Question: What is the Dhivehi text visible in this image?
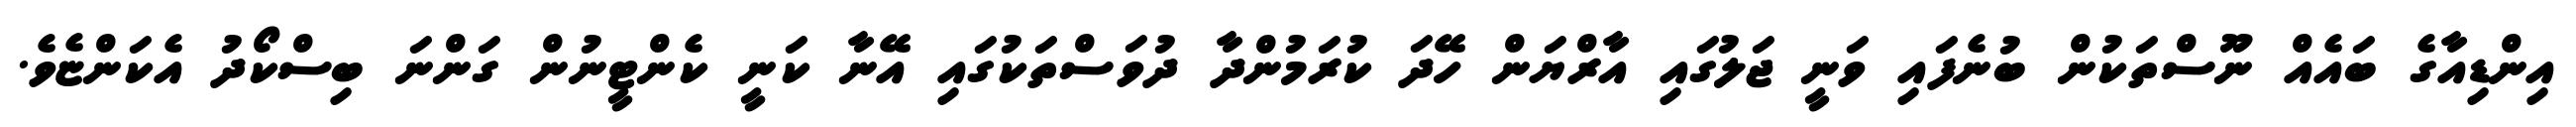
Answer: އިންޑިއާގެ ބައެއް ނޫސްތަކުން ބުނެފައި ވަނީ ޖަލުގައި އާރްޔަން ހޭދަ ކުރަމުންދާ ދުވަސްތަކުގައި އޭނާ ކަނީ ކެންޓީނުން ގަންނަ ބިސްކޯދު އެކަންޏެވެ.